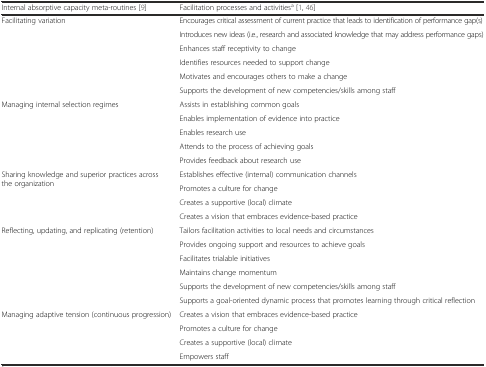
<table><thead><tr><td><b>Internal absorptive capacity meta-routines [9]</b></td><td><b>Facilitation processes and activities<sup>a</sup> [1, 46]</b></td></tr></thead><tbody><tr><td rowspan="6">Facilitating variation</td><td>Encourages critical assessment of current practice that leads to identification of performance gap(s)</td></tr><tr><td>Introduces new ideas (i.e., research and associated knowledge that may address performance gaps)</td></tr><tr><td>Enhances staff receptivity to change</td></tr><tr><td>Identifies resources needed to support change</td></tr><tr><td>Motivates and encourages others to make a change</td></tr><tr><td>Supports the development of new competencies/skills among staff</td></tr><tr><td rowspan="5">Managing internal selection regimes</td><td>Assists in establishing common goals</td></tr><tr><td>Enables implementation of evidence into practice</td></tr><tr><td>Enables research use</td></tr><tr><td>Attends to the process of achieving goals</td></tr><tr><td>Provides feedback about research use</td></tr><tr><td rowspan="4">Sharing knowledge and superior practices across the organization</td><td>Establishes effective (internal) communication channels</td></tr><tr><td>Promotes a culture for change</td></tr><tr><td>Creates a supportive (local) climate</td></tr><tr><td>Creates a vision that embraces evidence-based practice</td></tr><tr><td rowspan="6">Reflecting, updating, and replicating (retention)</td><td>Tailors facilitation activities to local needs and circumstances</td></tr><tr><td>Provides ongoing support and resources to achieve goals</td></tr><tr><td>Facilitates trialable initiatives</td></tr><tr><td>Maintains change momentum</td></tr><tr><td>Supports the development of new competencies/skills among staff</td></tr><tr><td>Supports a goal-oriented dynamic process that promotes learning through critical reflection</td></tr><tr><td rowspan="4">Managing adaptive tension (continuous progression)</td><td>Creates a vision that embraces evidence-based practice</td></tr><tr><td>Promotes a culture for change</td></tr><tr><td>Creates a supportive (local) climate</td></tr><tr><td>Empowers staff</td></tr></tbody></table>